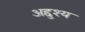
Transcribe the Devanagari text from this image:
अद्दुश्य